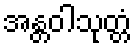
အန္တဝါသုတ္တံ